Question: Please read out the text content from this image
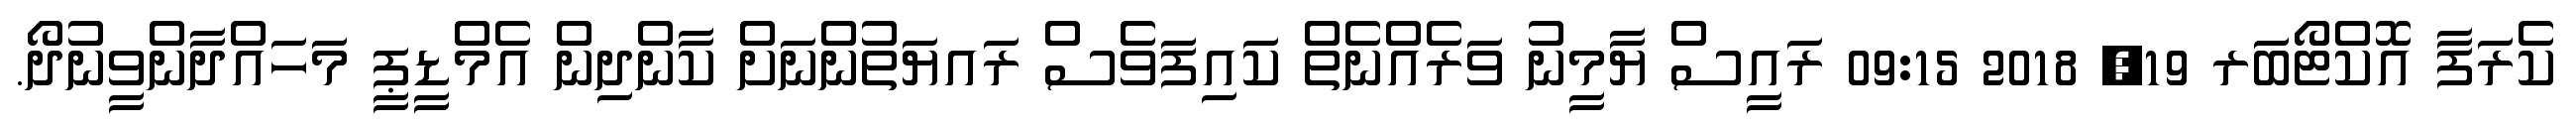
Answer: ކެރަފާ އޮކްޓޯބަރ 19, 2018 09:15 ރައީސް ޔާމީނު ވަރެއްނެތް ކައިފަވެސް ރައޔަތުންނަށް ކާންދިން އެމްޑީޕީ މަހައްދާންވީނުދޯ.